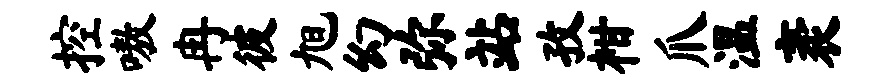
控嗷冉彼旭幻弥站孜柑爪温袤